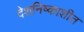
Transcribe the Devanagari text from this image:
देशनिष्काशीत